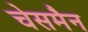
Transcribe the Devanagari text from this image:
चेसमैन